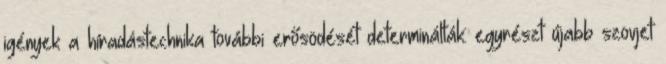
igények a híradástechnika további erősödését determinálták: egyrészt újabb szovjet